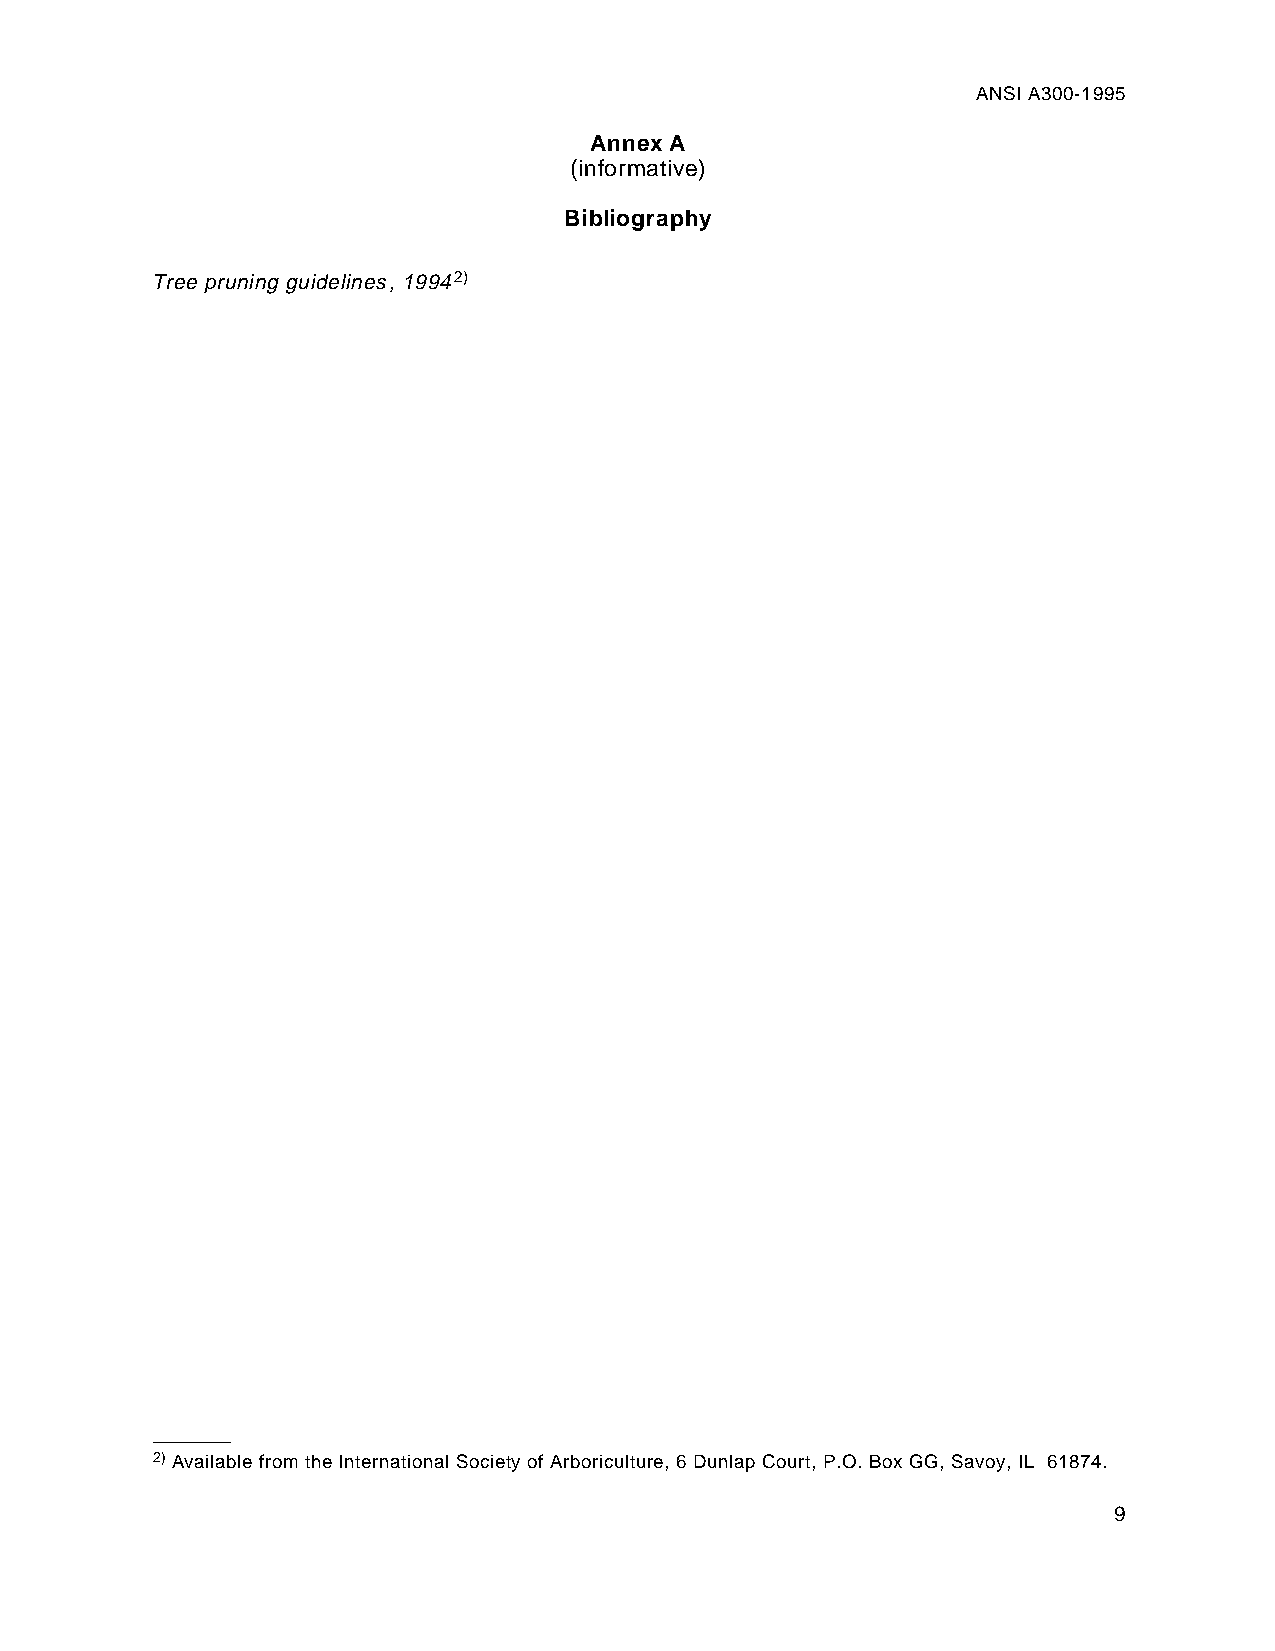
ANSI A300-1995
 Annex A
 (informative)
 Bibliography
 Tree pruning guidelines, 19942)
 2) Available from the International Society of Arboriculture, 6 Dunlap Court, P.O. Box GG, Savoy, IL 61874.
 9